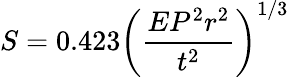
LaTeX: S=0.423\left(\frac{EP^{2}r^{2}}{t^{2}}\right)^{1/3}